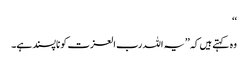
‘‘
وہ کہتے ہیں کہ ’’یہ اللہ رب العزت کو ناپسند ہے۔